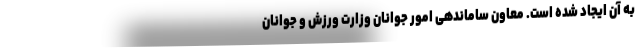
به آن ایجاد شده است. معاون ساماندهی امور جوانان وزارت ورزش و جوانان